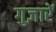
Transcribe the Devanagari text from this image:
गुज़ारें